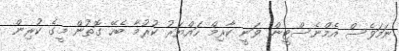
ނަމަވެސް އެމްނެސްޓީން ވަނީ ކާރިމް ހައްޔަރު ކުރުމާ ބެހޭ ގޮތުން މީގެ ކުރިން